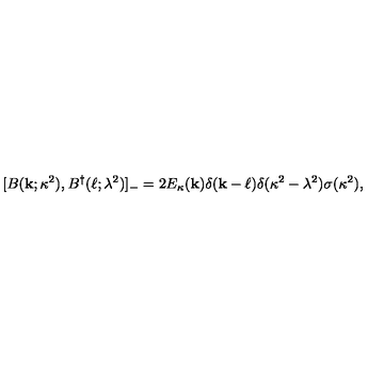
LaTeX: [ B ( { \bf k } ; \kappa ^ { 2 } ) , B ^ { \dagger } ( { \bf \ell } ; \lambda ^ { 2 } ) ] _ { - } = 2 E _ { \kappa } ( { \bf k } ) \delta ( { \bf k } - { \bf \ell } ) \delta ( \kappa ^ { 2 } - \lambda ^ { 2 } ) \sigma ( \kappa ^ { 2 } ) ,